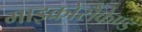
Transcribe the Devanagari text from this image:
माइक्रोसैकेण्ड